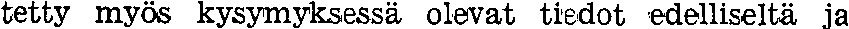
tetty myös kysymyksessä olevat tiedot edelliseltä ja